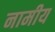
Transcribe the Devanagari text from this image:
नामीय